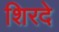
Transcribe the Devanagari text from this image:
शिरदे